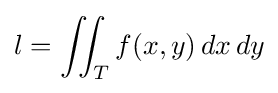
l=\iint _{T}f(x,y)\,dx\,dy